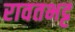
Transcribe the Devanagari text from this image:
रावतभट्ट